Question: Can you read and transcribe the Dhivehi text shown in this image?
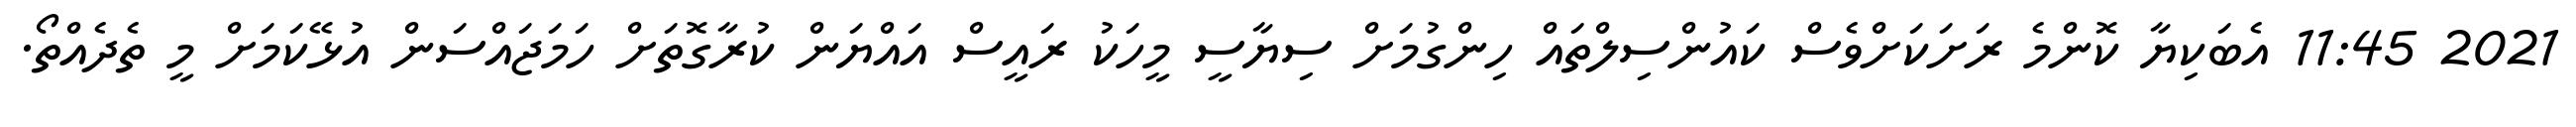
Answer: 2021 11:45 އެބަކިޔާ ކޮންމެ ރަށަކަށްވެސް ކައުންސިލްތައް ހިންގުމަށް ސިޔާސީ މީހަކު ރައީސް އައްޔަން ކުރާގޮތަށް ހަމަޖައްސަން އުޅޭކަމަށް މީ ތެދެއްތޯ.